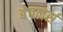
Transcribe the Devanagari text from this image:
बेचलर्स